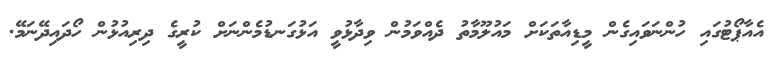
އެއާޕޯޓުގައި ހުންނަވައިގެން މީޑިއާތަކަށް މައުލޫމާތު ދެއްވަމުން ވިދާޅުވީ އަޅުގަނޑުމެންނަށް ކުރީގެ ދިރިއުޅުން ހޯދައިދޭނަމޭ.